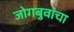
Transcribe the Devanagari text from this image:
जोगबुवांचा